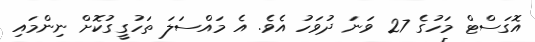
އޮގަސްޓް މަހުގެ 27 ވަނަ ދުވަހު އެވެ. އެ މައްސަލަ ތަހުގީގުކޮށް ނިންމައި